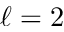
\ell = 2